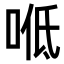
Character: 𠴓